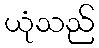
ယုံသည်